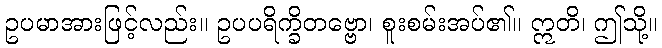
ဥပမာအားဖြင့်လည်း။ ဥပပရိက္ခိတဗ္ဗော၊ စူးစမ်းအပ်၏။ ဣတိ၊ ဤသို့။